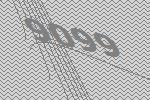
9099